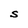
Character: S